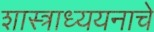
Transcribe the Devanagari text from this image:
शास्त्राध्ययनाचे